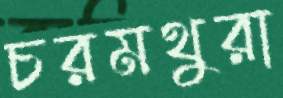
চরমথুরা